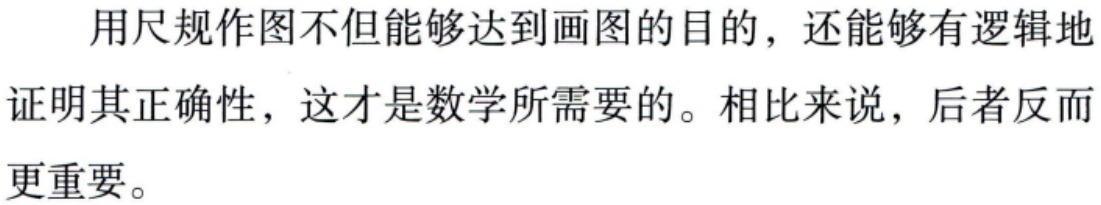
用尺规作图不但能够达到画图的目的，还能够有逻辑地证明其正确性，这才是数学所需要的。相比来说，后者反而更重要。